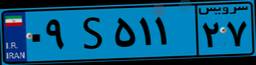
۸۴S۲۸۴۰۰